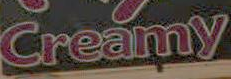
Creamy